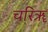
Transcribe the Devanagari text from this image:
चरिॠ